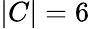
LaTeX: |C|=6